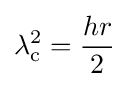
\lambda _{\rm {c}}^{2}={\frac {hr}{2}}